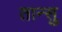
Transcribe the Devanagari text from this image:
तान्सु